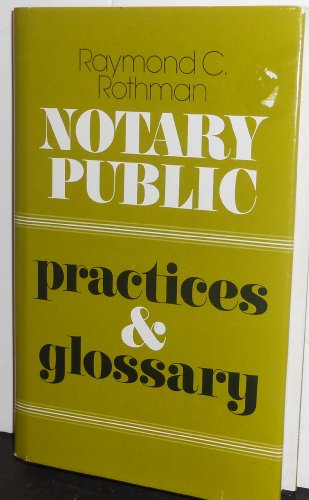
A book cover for Notary Public: Practices and Glossary; Raymond C. Rothman; Law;